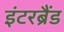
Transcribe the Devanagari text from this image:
इंटरब्रैंड